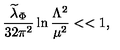
{ \frac { { \widetilde \lambda } _ { \Phi } } { 3 2 \pi ^ { 2 } } } \ln { \frac { \Lambda ^ { 2 } } { \mu ^ { 2 } } } < < 1 ,